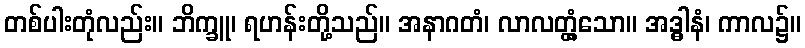
တစ်ပါးတုံလည်း။ ဘိက္ခူ၊ ရဟန်းတို့သည်။ အနာဂတံ၊ လာလတ္တံ့သော။ အဒ္ဓါနံ၊ ကာလ၌။